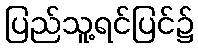
ပြည်သူ့ရင်ပြင်၌